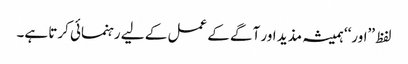
لفظ ’’اور‘‘ ہمیشہ مذید اور آگے کے عمل کے لیے رہنمائی کرتا ہے۔